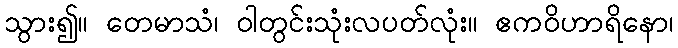
သွား၍။ တေမာသံ၊ ဝါတွင်းသုံးလပတ်လုံး။ ဧကဝိဟာရိနော၊